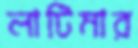
লাটিমার